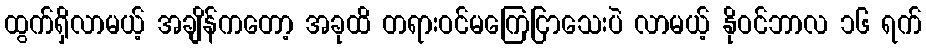
ထွက်ရှိလာမယ့် အချိန်ကတော့ အခုထိ တရားဝင်မကြေငြာသေးပဲ လာမယ့် နိုဝင်ဘာလ ၁၆ ရက်